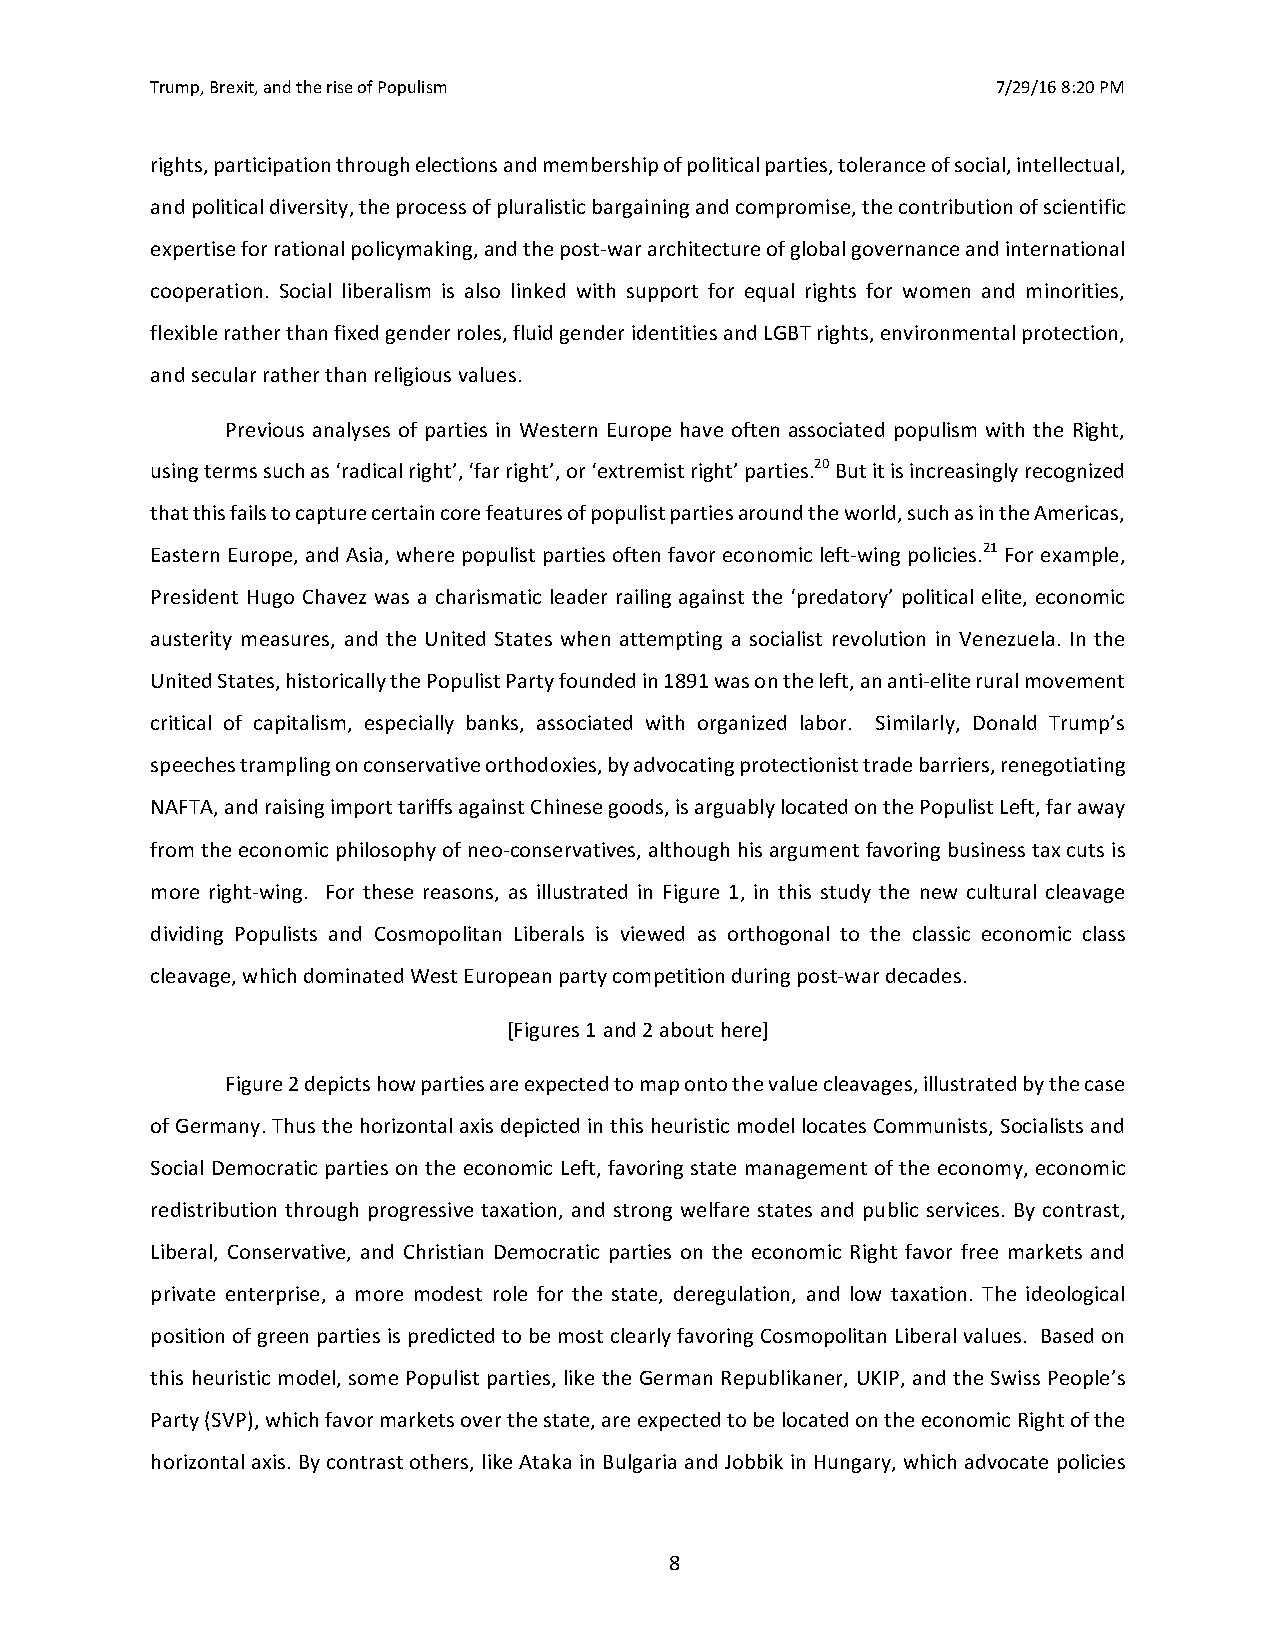
Trump, Brexit, and the rise of Populism                 7/29/16 8:20 PM
 rights, participation through elections and membership of political parties, tolerance of social, intellectual,
 and political diversity, the process of pluralistic bargaining and compromise, the contribution of scientific
 expertise for rational policymaking, and the post-war architecture of global governance and international
 cooperation. Social liberalism is also linked with support for equal rights for women and minorities,
 flexible rather than fixed gender roles, fluid gender identities and LGBT rights, environmental protection,
 and secular rather than religious values.
 Previous analyses of parties in Western Europe have often associated populism with the Right,
 using terms such as ‘radical right’, ‘far right’, or ‘extremist right’ parties.20 But it is increasingly recognized
 that this fails to capture certain core features of populist parties around the world, such as in the Americas,
 Eastern Europe, and Asia, where populist parties often favor economic left-wing policies.21 For example,
 President Hugo Chavez was a charismatic leader railing against the ‘predatory’ political elite, economic
 austerity measures, and the United States when attempting a socialist revolution in Venezuela. In the
 United States, historically the Populist Party founded in 1891 was on the left, an anti-elite rural movement
 critical of capitalism, especially banks, associated with organized labor. Similarly, Donald Trump’s
 speeches trampling on conservative orthodoxies, by advocating protectionist trade barriers, renegotiating
 NAFTA, and raising import tariffs against Chinese goods, is arguably located on the Populist Left, far away
 from the economic philosophy of neo-conservatives, although his argument favoring business tax cuts is
 more right-wing. For these reasons, as illustrated in Figure 1, in this study the new cultural cleavage
 dividing Populists and Cosmopolitan Liberals is viewed as orthogonal to the classic economic class
 cleavage, which dominated West European party competition during post-war decades.
 [Figures 1 and 2 about here]
 Figure 2 depicts how parties are expected to map onto the value cleavages, illustrated by the case
 of Germany. Thus the horizontal axis depicted in this heuristic model locates Communists, Socialists and
 Social Democratic parties on the economic Left, favoring state management of the economy, economic
 redistribution through progressive taxation, and strong welfare states and public services. By contrast,
 Liberal, Conservative, and Christian Democratic parties on the economic Right favor free markets and
 private enterprise, a more modest role for the state, deregulation, and low taxation. The ideological
 position of green parties is predicted to be most clearly favoring Cosmopolitan Liberal values. Based on
 this heuristic model, some Populist parties, like the German Republikaner, UKIP, and the Swiss People’s
 Party (SVP), which favor markets over the state, are expected to be located on the economic Right of the
 horizontal axis. By contrast others, like Ataka in Bulgaria and Jobbik in Hungary, which advocate policies
 8